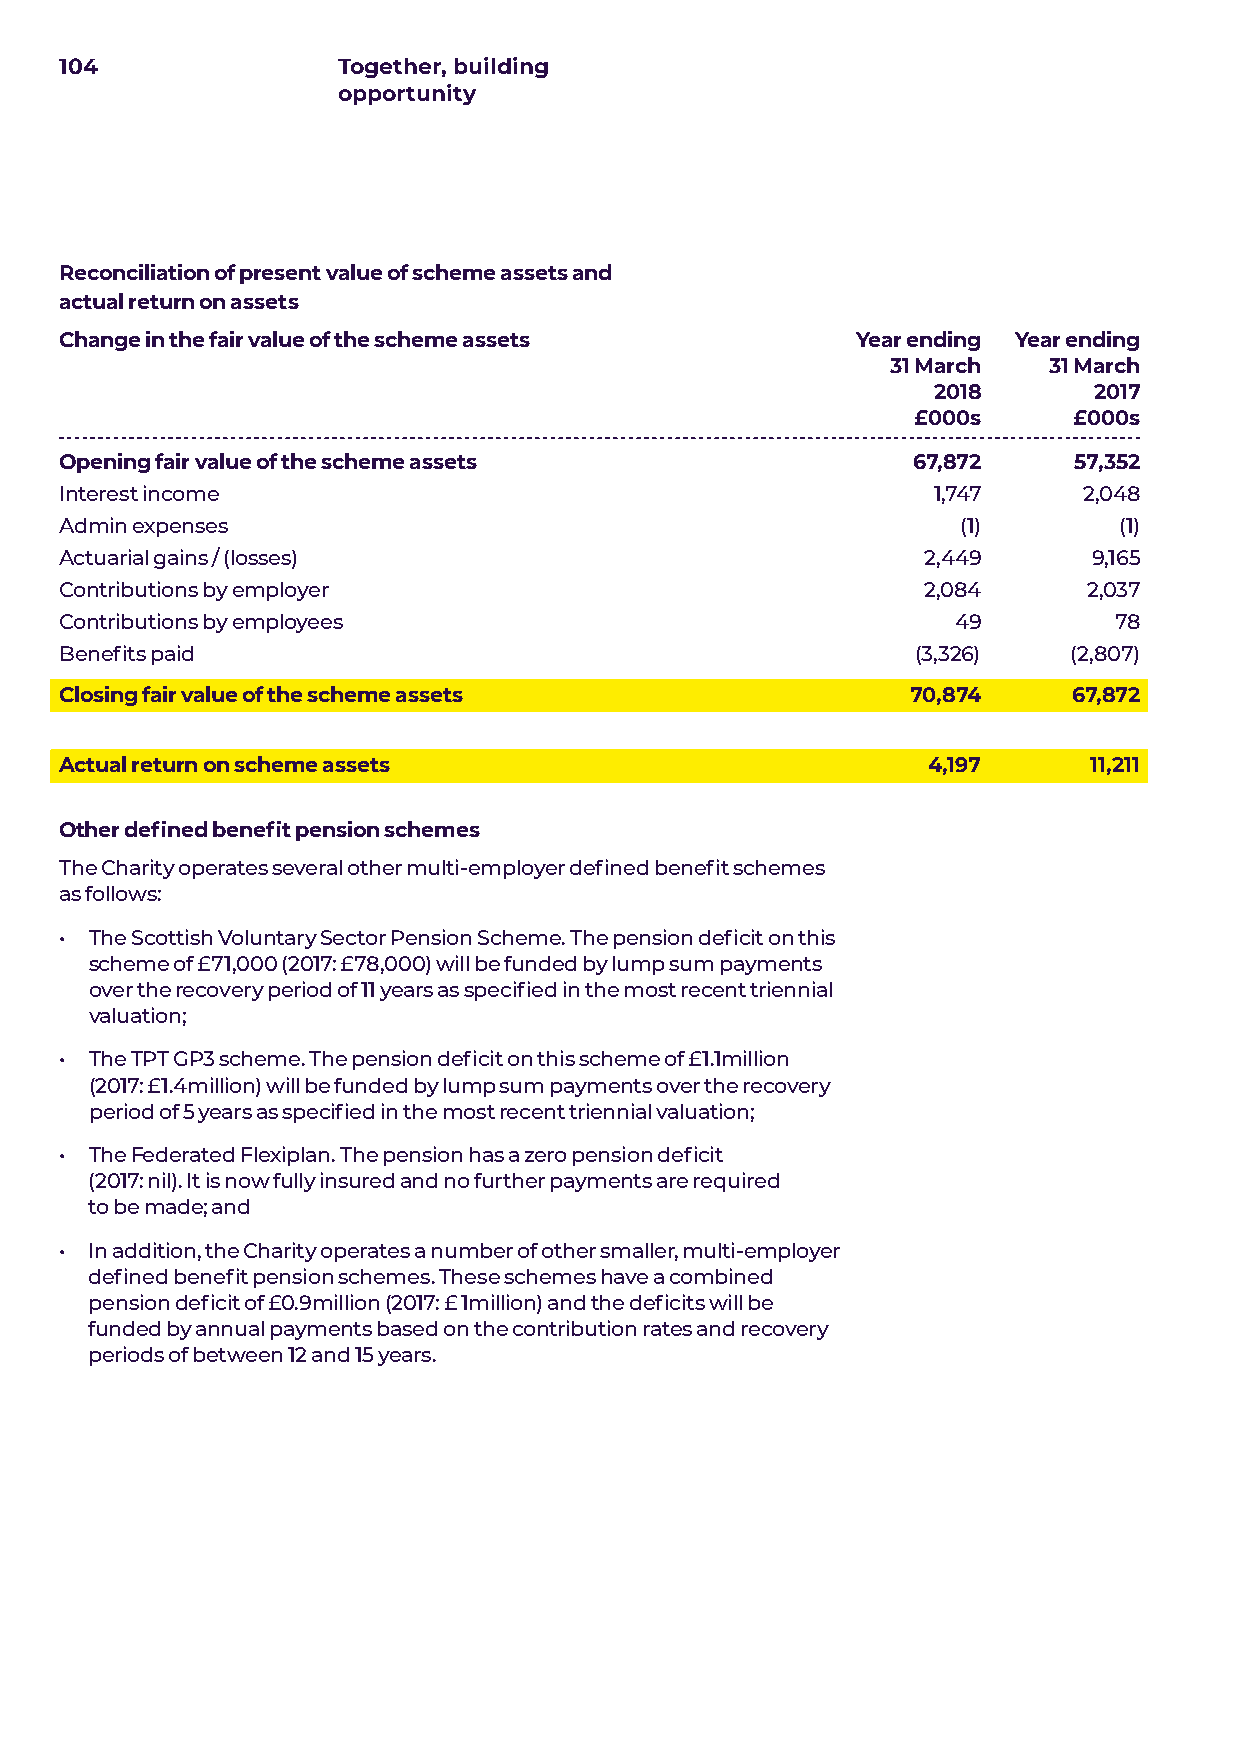
104               Together, building
 opportunity
 Reconciliation of present value of scheme assets and
 actual return on assets
 Change in the fair value of the scheme assets        Year ending Year ending
 31 March  31 March
 2018      2017
 £000s      £000s
 Opening fair value of the scheme assets                 67,872     57,352
 Interest income                                           1,747     2,048
 Admin expenses                                              (1)       (1)
 Actuarial gains / (losses)                               2,449      9,165
 Contributions by employer                                2,084      2,037
 Contributions by employees                                 49         78
 Benefits paid                                            (3,326)   (2,807)
 Closing fair value of the scheme assets                 70,874     67,872
 Actual return on scheme assets                           4,197      11,211
 Other defined benefit pension schemes
 The Charity operates several other multi-employer defined benefit schemes
 as follows:
 • The Scottish Voluntary Sector Pension Scheme. The pension deficit on this
 scheme of £71,000 (2017: £78,000) will be funded by lump sum payments
 over the recovery period of 11 years as specified in the most recent triennial
 valuation;
 • The TPT GP3 scheme. The pension deficit on this scheme of £1.1million
 (2017: £1.4million) will be funded by lump sum payments over the recovery
 period of 5 years as specified in the most recent triennial valuation;
 • The Federated Flexiplan. The pension has a zero pension deficit
 (2017: nil). It is now fully insured and no further payments are required
 to be made; and
 • In addition, the Charity operates a number of other smaller, multi-employer
 defined benefit pension schemes. These schemes have a combined
 pension deficit of £0.9million (2017: £ 1million) and the deficits will be
 funded by annual payments based on the contribution rates and recovery
 periods of between 12 and 15 years.